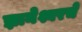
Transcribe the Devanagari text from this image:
ज्ञानेश्वरचे